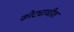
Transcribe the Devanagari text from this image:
कोट्याधीश